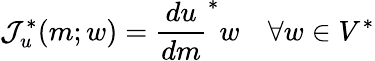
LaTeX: \mathcal{J}_{u}^{*}(m;w)=\frac{du}{dm}^{*}w\quad\forall w\in V^{*}